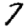
Digit: 7